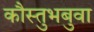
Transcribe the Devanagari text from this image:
कौस्तुभबुवा